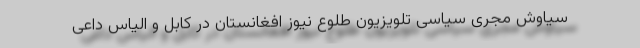
سیاوش مجری سیاسی تلویزیون طلوع نیوز افغانستان در کابل و الیاس داعی